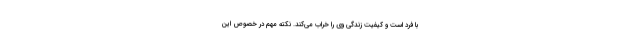
با فرد است و کیفیت زندگی وی را خراب می‌کند. نکته مهم در خصوص این